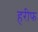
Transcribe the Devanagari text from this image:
हरीफ